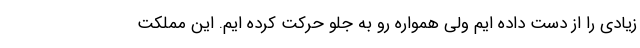
زیادی را از دست داده ایم ولی همواره رو به جلو حرکت کرده ایم. این مملکت